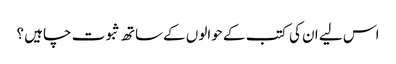
اس لیے ان کی کتب کے حوالوں کےساتھ ثبوت چاہیں ؟